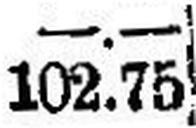
102.75